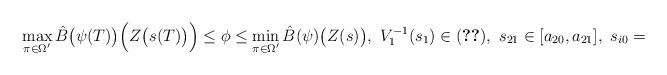
LaTeX: \begin{align*}\max_{\pi \in \Omega'} \hat{B}\bigl(\psi(T)\bigr)\Bigl(Z\bigl(s(T)\bigr)\Bigr) \leq \phi \leq \min_{\pi \in \Omega'} \hat{B}(\psi)\bigl(Z(s)\bigr),\ V_1^{-1}(s_1)\in(\ref{eq:SOS1}),\ s_{21} \in [a_{20}, a_{21}],\ s_{i0} = \end{align*}